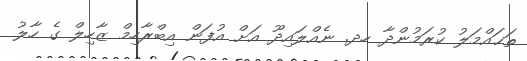
ތަޙައްމަލު ކުރަމުންދާ ހދ. ނެއްލައިދޫ އަށް އުފަން އިބްރާހިމް ޒާހިލް ގެ ހާލު